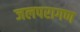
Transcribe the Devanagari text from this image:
जलपरागण